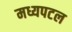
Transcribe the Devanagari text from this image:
मध्यपटल